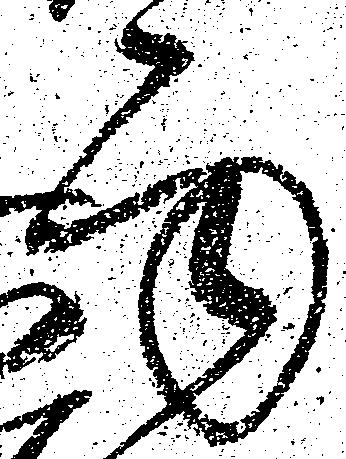
面